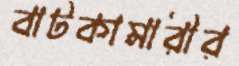
বাটকামারীর